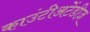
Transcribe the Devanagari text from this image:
काउंटीअटेंडीज़